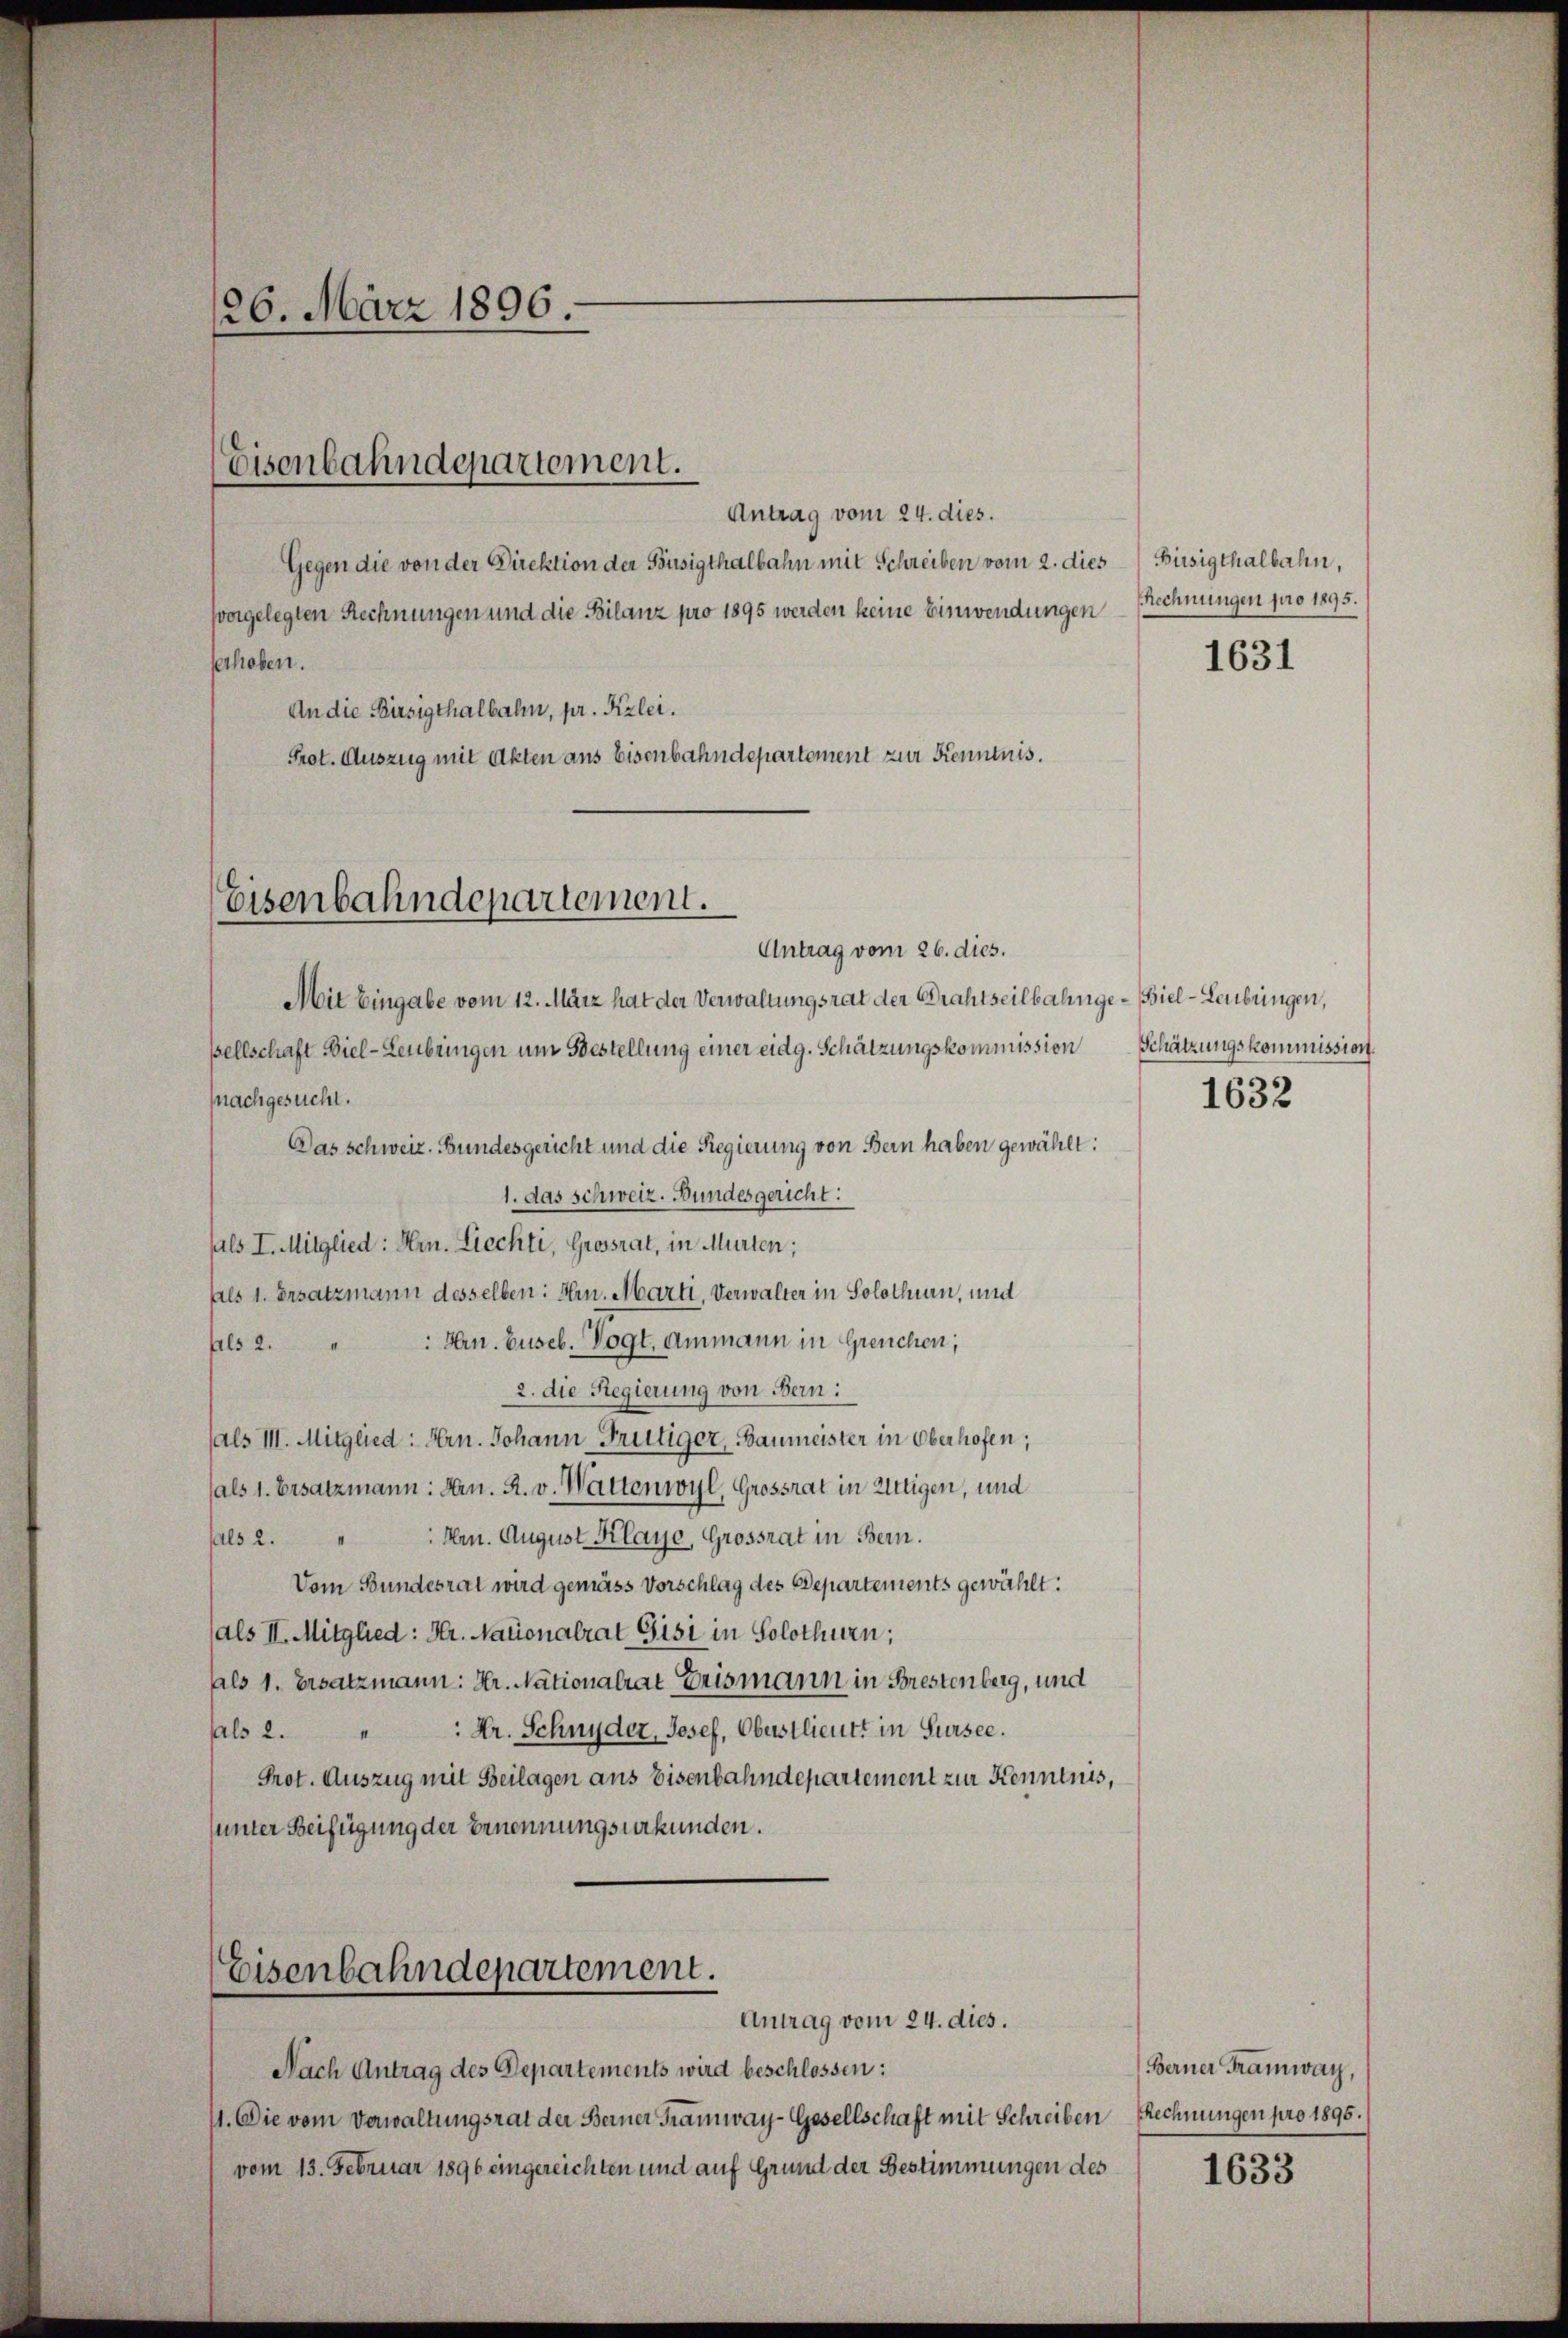
Antrag vom 24. dies.
Gegen die von der Direktion der Fusigthalbahn mit Schreiben vom 2. dies Bisigthalbahn,
Prot. Auszug mit Akten aus Eisenbahndepartement zur Kenntnis.

26. März 1896.
Eisenbahndepartement.
vorgelegten Rechnungen und die Bilanz pro 1895 werden keine Einwendungen
serhoben.
An die Birsigthalbahn, pr. Kzlei.

Mit Eingabe vom 12. März hat der Verwaltungsrat der Brahtseilbahnge- Biel - Leubungen,
sellschaft Viel-Lenbringen um Bestellung einer eidg. Schätzungskommission Schätzungskommission.
pnachgesucht.
Das schweiz. Bundesgericht und die Regierung von Bern haben gewählt:
1. das schweiz. Bundesgericht:
fals I. Mitglied: Hrn. Liechti, Grossrat, in Murten;
Als 1. Ersatzmann desselben: Hrn. Marti, Verwalter in Solothurn, mit
 Hrn. Guseb. Vogt. Ammann in Greuchen;
als 2.
2. die Regierung von Bern:
als III. Mitglied: Hrn. Johann Frutiger, Baumeister in Oberhofen;
sals 1. Ersatzmann. Dn. R. v. Wattenwyl, Grossrat in Wittigen, und
sals 2. " " Hrn. August Klage, Grossrat in Bern.
Vom Bundesrat wird gemäss Vorschlag des Departements gewählt:
(als II. Mitglied: Hr. Nationalrat Gisi in Solothurn,
aals 1. Ersatzmann: Hr. Nationalrat Erismann in Brestenberg, und
: Hr. Schnyder, Josef, Oberstlieutt in Sursee.
pls 2.
Prot. Auszug mit Beilagen aus Eisenbahndepartement zur Kenntnis,
unter Beifügung der Ernennungsurkunden.

Eisenbahndepartement.
Antrag vom 26. dies.

Eisenbahndepartement.
Antrag vom 24. dies.

Nach Antrag des Departements wird beschlossen:
11. Die vom Verwaltungsrat der Berner Tramway-Gesellschaft mit Schreiben
vom 13. Februar 1896 eingereichten und auf Grund der Bestimmungen des

Rechnungen pro 1895.

1631

1632

Berner Tramway,
Rechnungen pro 1895.

1633